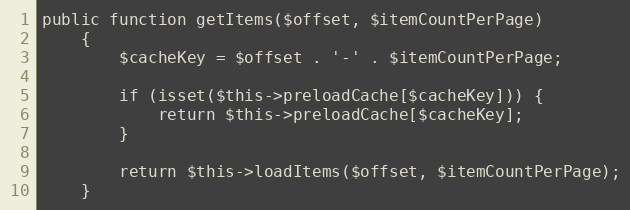
Language: PHP
public function getItems($offset, $itemCountPerPage)
    {
        $cacheKey = $offset . '-' . $itemCountPerPage;

        if (isset($this->preloadCache[$cacheKey])) {
            return $this->preloadCache[$cacheKey];
        }

        return $this->loadItems($offset, $itemCountPerPage);
    }